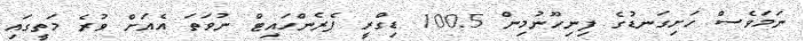
ނަމަވެސް ހަށިގަނޑުގެ ފިނިހޫނުމިން 100.5 ޑިގްރީ ފެރެންހައިޓް ނުވަތަ އެއަށް ވުރެ މަތީގައި